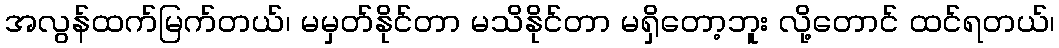
အလွန်ထက်မြက်တယ်၊ မမှတ်နိုင်တာ မသိနိုင်တာ မရှိတော့ဘူး လို့တောင် ထင်ရတယ်၊